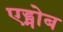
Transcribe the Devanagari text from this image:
एड्मोब